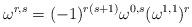
LaTeX: \begin{align*}\omega^{r,s} = (-1)^{r(s+1)}\omega^{0,s} (\omega^{1,1})^r\end{align*}